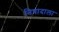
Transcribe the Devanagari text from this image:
निषादाला